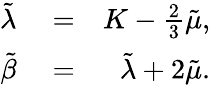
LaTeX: \begin{array}{rlr}{\tilde{\lambda}}&{{}=}&{K-\frac{2}{3}\tilde{\mu},}\\ {\tilde{\beta}}&{{}=}&{\tilde{\lambda}+2\tilde{\mu}.}\end{array}